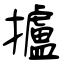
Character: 攎